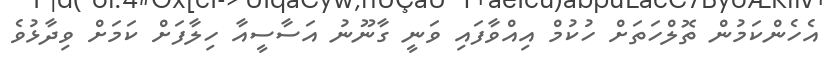
އެހެންކަމުން ތޮލްހަތަށް ހުކުމް އިއްވާފައި ވަނީ ގާނޫނު އަސާސީއާ ހިލާފަށް ކަމަށް ވިދާޅުވެ